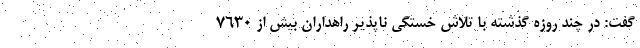
گفت: در چند روزه گذشته با تلاش خستگی ناپذیر راهداران بیش از 7630